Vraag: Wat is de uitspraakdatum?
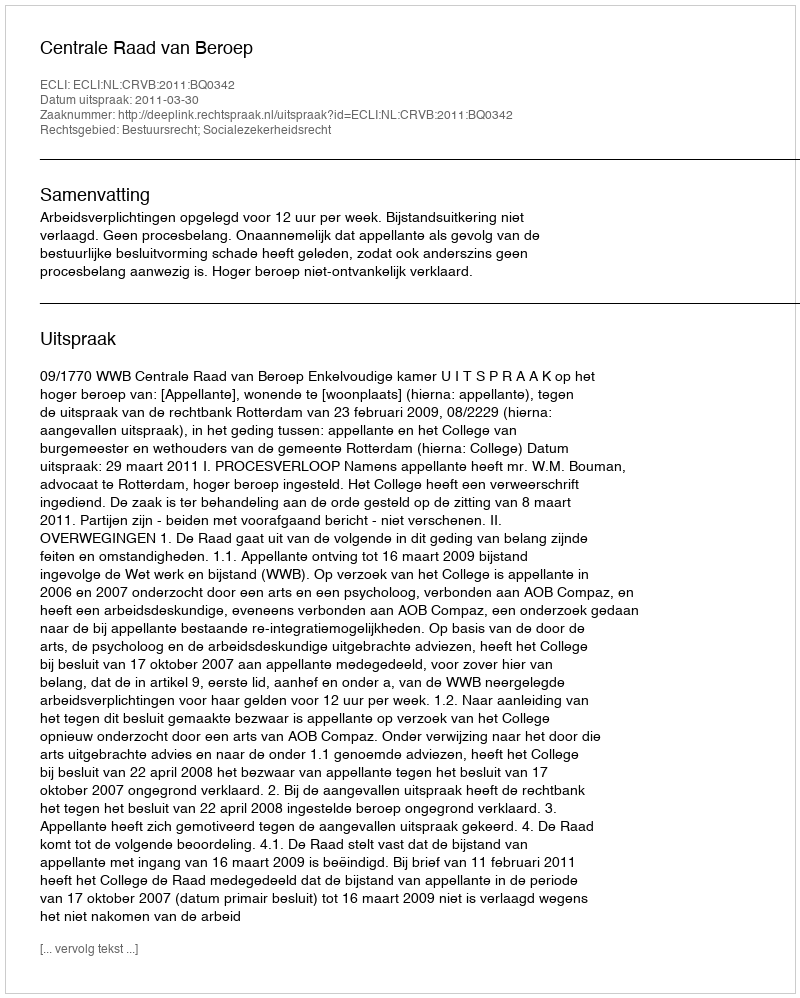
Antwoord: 2011-03-30